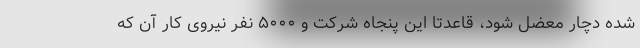
شده دچار معضل شود، قاعدتا این پنجاه شرکت و ۵۰۰۰ نفر نیروی کار آن که